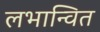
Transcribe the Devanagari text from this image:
लभान्वित